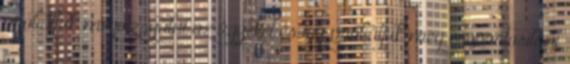
próbáltuk megvizsgálni az ügyeket és így próbáljuk meg csoportosítani